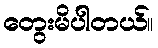
တွေးမိပါတယ်။